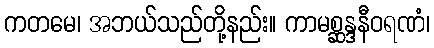
ကတမေ၊ အဘယ်သည်တို့နည်း။ ကာမစ္ဆန္ဒနီဝရဏံ၊